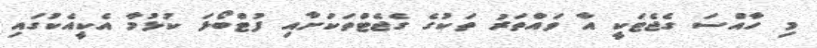
މި ހާއްސަ ގެޖެޓަކީ އާ ވައްތަރު ތަކުގެ ގެޖެޓްތަކަށާއި ފުޓްބޯޅަ ކުޅުމާ އެކީއެކުގައި